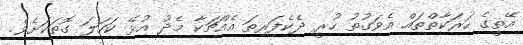
އޭތީގެ ހަރަކާތްތައް އެވަގުތު ހުރީ ދެކެފަރިތަ އެއްޗަކާ މެދު އުޅޭ ކަހަލަ ގޮތަކަށެވެ.